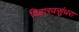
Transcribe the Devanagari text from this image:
विहारवसुंधरा